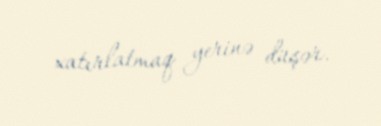
xatırlatmaq yerinə düşər.